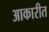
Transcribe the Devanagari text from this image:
आकारीत